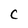
Character: C